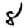
Digit: 8